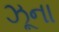
ઝૂના